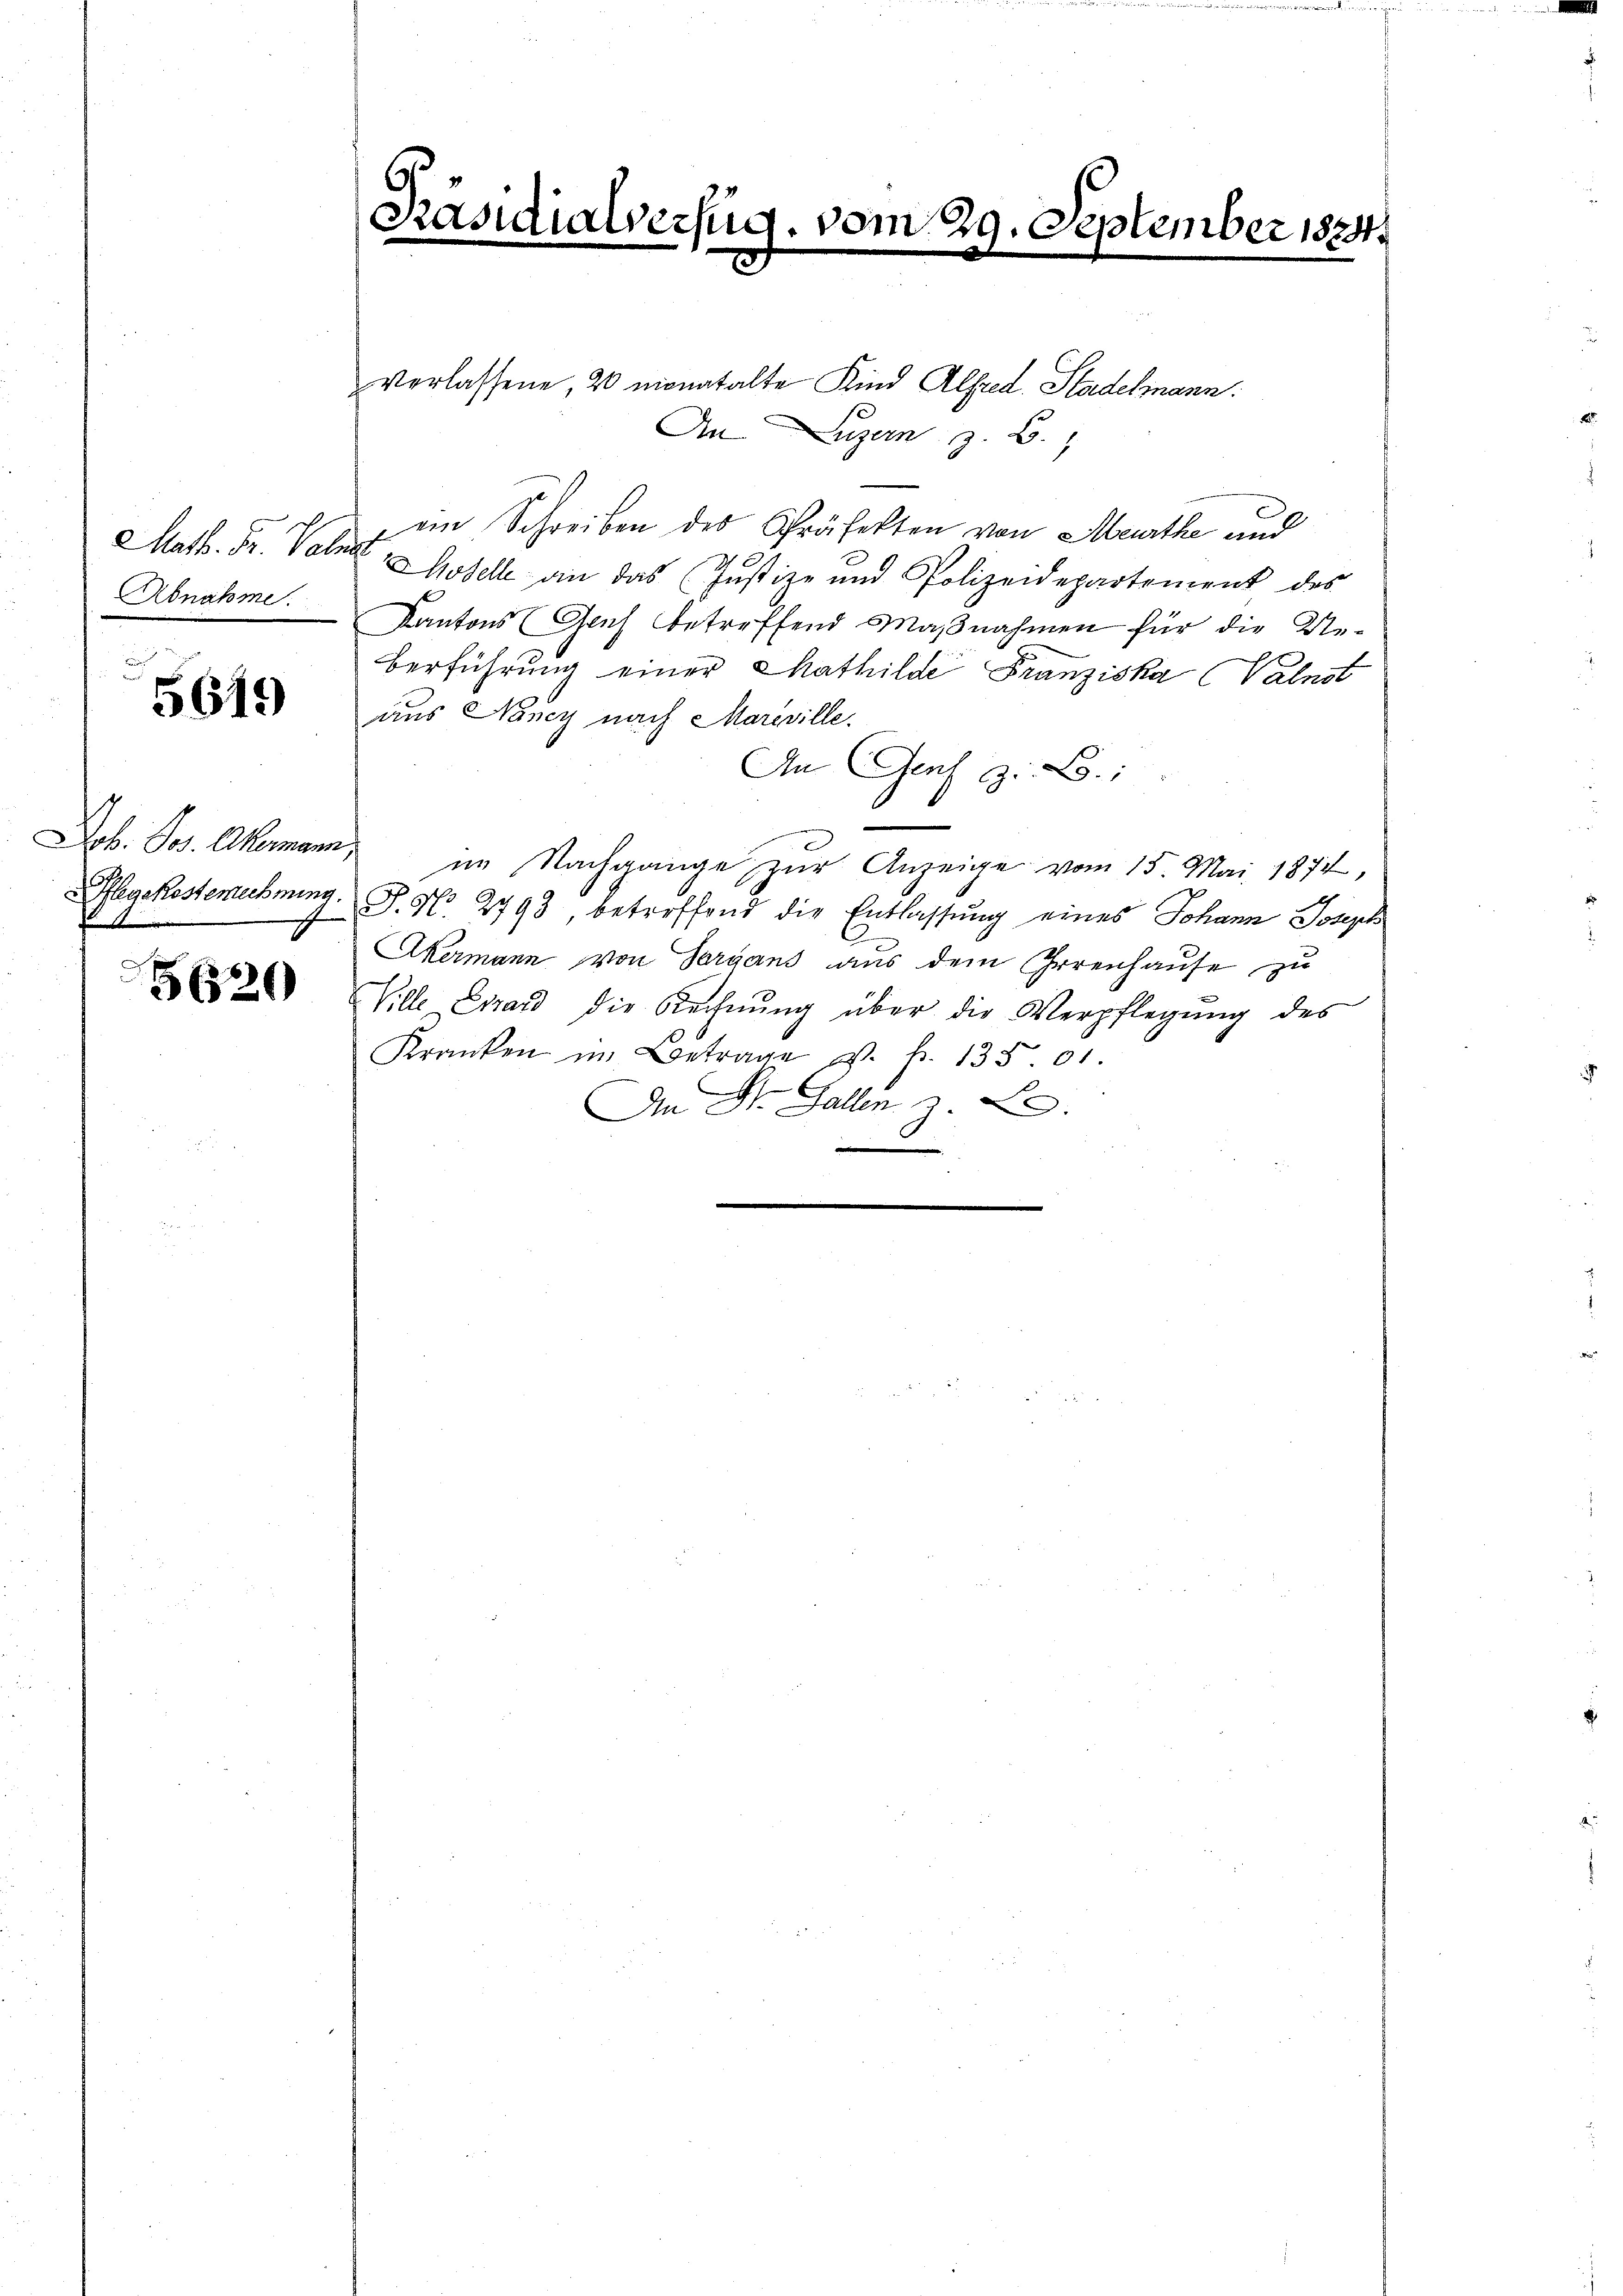
Math. Fr. Vat
Abnahme.

5619

Job. Jos. Akermann,
legekostenrechnung.

5620

Präsidialverfug. vom 29. September 1884

verlassene, 20 monatalte Kind Alfred Stadelmann.
An Luzern z. B.
ein Schreiben des Präfekten von Meurthe und
¬
Modelle an das (Justiz- und Polizeidepartement des
Kantons Genf betreffend Maßnahmen für die Ueberführung einer Mathilde Franziska (Valnst
aus Nancy nach Mareville.
An Gies z. B.:
im Nachgange zŭr Anzeige vom 15. Mai 1874,
P. N. 2793 betreffend die Entlassung eines Johann Joseph
Akermann von Sergans aus dem Irrenhause zu
Wille Errard die Rechnŭng über die Verpflegŭng des
Kranken im Betrage v. fr. 135.01.
An St. Gallen z. B.